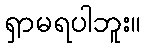
ရှာမရပါဘူး။